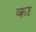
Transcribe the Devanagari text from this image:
का